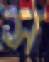
স